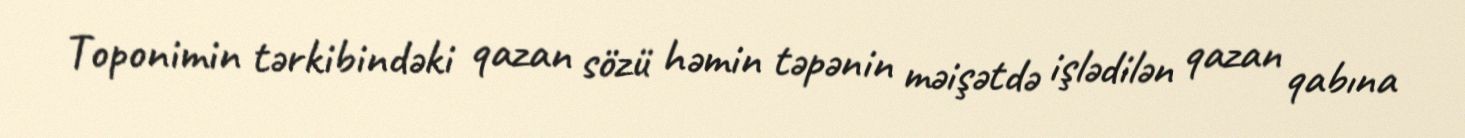
Toponimin tərkibindəki qazan sözü həmin təpənin məişətdə işlədilən qazan qabına